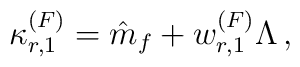
\kappa^{(F)}_{r,1} = \hat{m}_{f} + w^{(F)}_{r,1} \Lambda \, ,